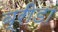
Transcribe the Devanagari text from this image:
ब्रीडा